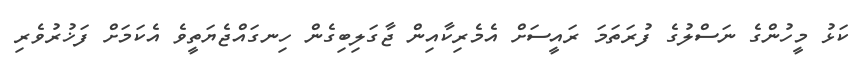
ކަޅު މީހުންގެ ނަސްލުގެ ފުރަތަމަ ރައީސަށް އެމެރިކާއިން ޖާގަލިބިގެން ހިނގައްޖެޔަތީވެ އެކަމަށް ފަޚުރުވެރި